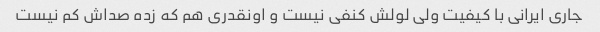
جاری ایرانی با کیفیت ولی لولش کنفی نیست و اونقدری هم که زده صداش کم نیست